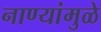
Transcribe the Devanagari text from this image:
नाण्यांमुळे